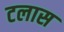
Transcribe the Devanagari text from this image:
टलास